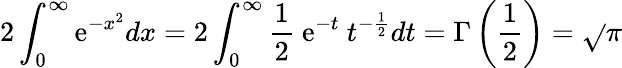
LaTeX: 2\int_{0}^{\infty}\mathrm{e}^{-x^{2}}dx=2\int_{0}^{\infty}{\frac{{1}}{{2}}}\ \mathrm{e}^{-t}\ t^{-{\frac{{1}}{{2}}}}dt=\Gamma\left({\frac{{1}}{{2}}}\right)={\sqrt{}{{\pi}}}